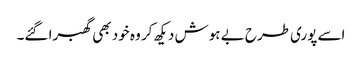
اسے پوری طرح بے ہوش دیکھ کر وہ خود بھی گھبرا گئے۔